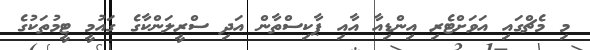
މި މެޗްގައި އަވަށްޓެރި އިންޑިއާ އާއި ޕާކިސްތާން އަދި ސްރީލަންކާގެ ގައުމީ ޓީމުތަކުގެ